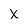
Character: x